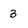
Character: 3